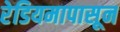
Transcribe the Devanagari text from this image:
रेडियमापासून